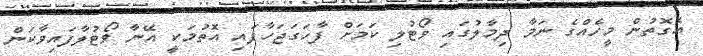
އެގޮތުން މީހެއްގެ ނަމާ ދިމާލުގައި ވޯޓުލި ކަމަށް ފާހަގަޖަހާފައި އޮތުމަކީ އޭނާ ވޯޓުލާފައިވާކަން